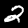
Label: 2